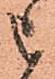
被